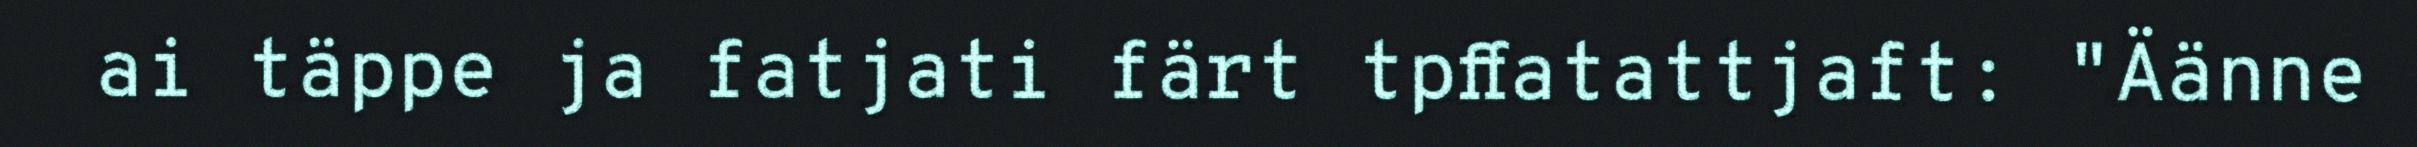
ai täppe ja fatjati färt tpffatattjaft: "Äänne